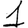
Digit: 1